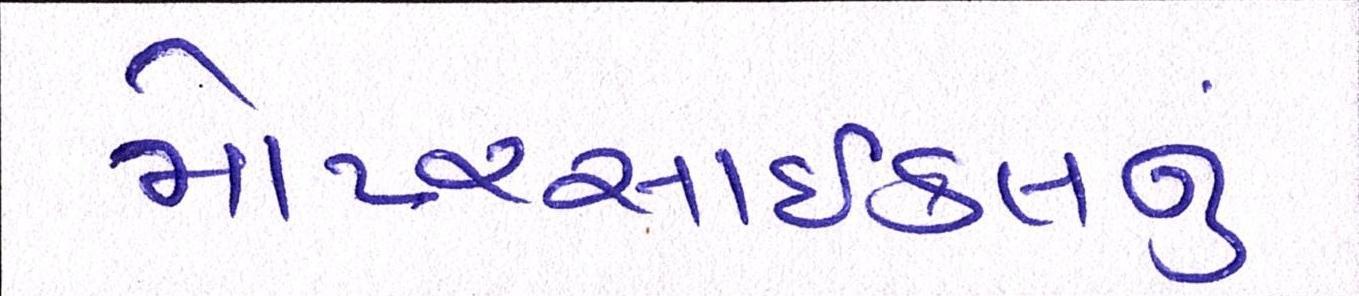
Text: મોટરસાઇકલનું